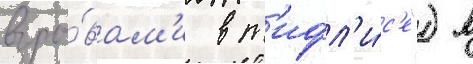
взры́вам'и в т'ифл'и́с'е") в